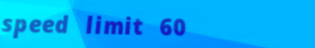
speed limit 60